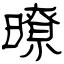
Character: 暸